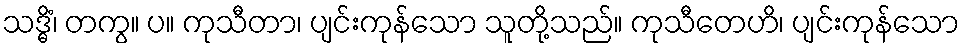
သဒ္ဓိံ၊ တကွ။ ပ။ ကုသီတာ၊ ပျင်းကုန်သော သူတို့သည်။ ကုသီတေဟိ၊ ပျင်းကုန်သော